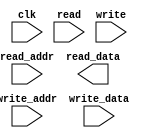
(*blackbox*)

module mem_1r1w (clk, read_addr, read, read_data, write_addr, write, write_data);
	parameter DEPTH_LOG2 = 4;
	localparam ELEMENTS = 2**DEPTH_LOG2;
	parameter WIDTH = 32;

	input wire clk;

    input wire [DEPTH_LOG2-1:0] read_addr;
    input wire read;
	output reg [WIDTH-1:0] read_data;


	input wire [DEPTH_LOG2-1:0] write_addr;
	input wire write;
	input wire  [WIDTH-1:0] write_data;

endmodule